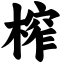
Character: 榨